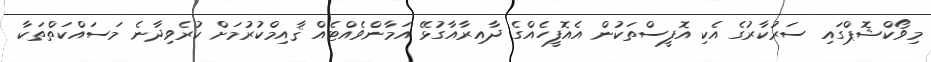
މިވޯކްޝޮޕްގައި ސަރުކާރުގެ އެކި އޮފީސްތަކުން އެއޮފީހެއްގެ ދާއިރާއާގުޅޭ އަމާންވެއްޓެއް ޤާއިމްކުރުމަށް ކުރެވިދާނެ މަސައްކަތްތަކާ